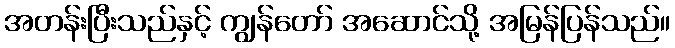
အတန်းပြီးသည်နှင့် ကျွန်တော် အဆောင်သို့ အမြန်ပြန်သည်။